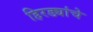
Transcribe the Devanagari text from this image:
हिरड्यांचे